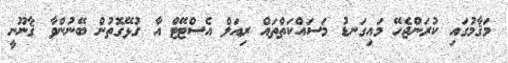
މަޤާމުގައި ކުރަންޖެހޭ މައިގަނޑު މަސައްކަތްތައް ރިއަލް އެސްޓޭޓް އާ ގުޅޭގޮތުން ބޭނުންވާ ޤާނޫނީ